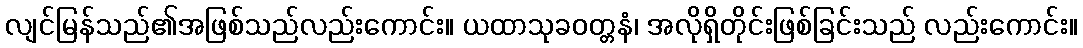
လျင်မြန်သည်၏အဖြစ်သည်လည်းကောင်း။ ယထာသုခဝတ္တနံ၊ အလိုရှိတိုင်းဖြစ်ခြင်းသည် လည်းကောင်း။